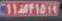
۱۱ا۴۱۵۱۹